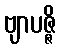
ဗျာပဇ္ဇိ